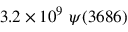
3 . 2 \times 1 0 ^ { 9 } \ \psi ( 3 6 8 6 )